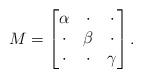
LaTeX: \begin{align*}M = \left[ \begin{matrix}\alpha & \cdot & \cdot \\\cdot & \beta & \cdot \\\cdot & \cdot & \gamma\end{matrix} \right]. \end{align*}